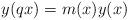
LaTeX: \begin{align*}y(qx)=m(x)y(x)\end{align*}